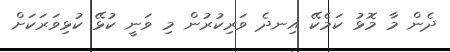
ދެން މާ މޮޮޅު ކަމެކޭ އިނދެ ވަރިކުރުން މި ވަނީ ކުޅޭ ކުޅިވަރަކަށް